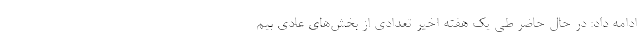
ادامه داد: در حال حاضر طی یک هفته اخیر تعدادی از بخش‌های عادی بیم